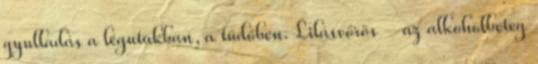
gyulladás a légutakban, a tüdőben. Lilásvörös – az alkoholbeteg